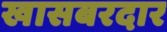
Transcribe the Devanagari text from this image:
खासबरदार